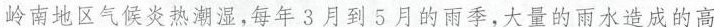
岭南地区气候炎热潮湿，每年3月到5月的雨季，大量的雨水造成的高